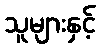
သူများနှင့်